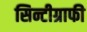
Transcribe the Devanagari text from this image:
सिन्टीग्राफी